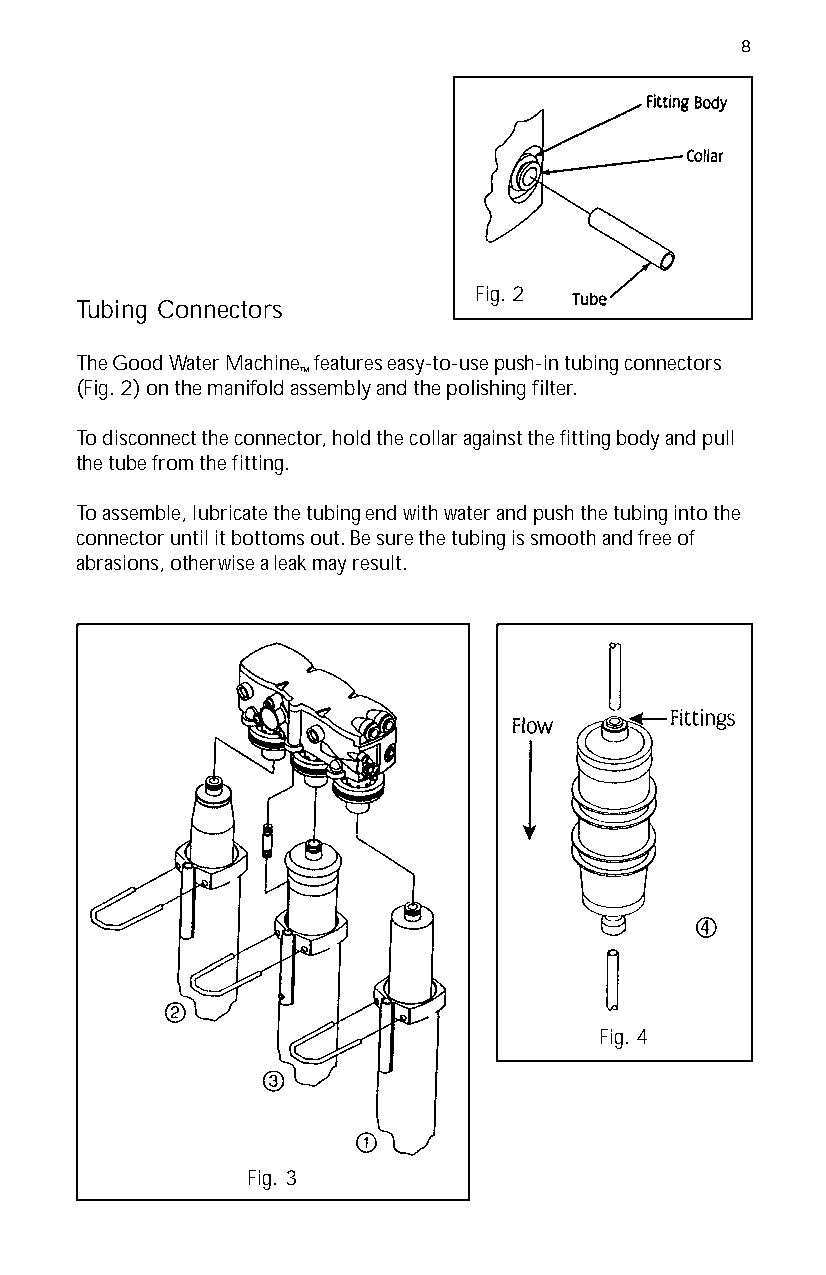
8
 Fig. 2
 Tubing Connectors
 The Good Water Machine features easy-to-use push-in tubing connectors
 ™
 (Fig. 2) on the manifold assembly and the polishing filter.
 To disconnect the connector, hold the collar against the fitting body and pull
 the tube from the fitting.
 To assemble, lubricate the tubing end with water and push the tubing into the
 connector until it bottoms out. Be sure the tubing is smooth and free of
 abrasions, otherwise a leak may result.
 Fig. 4
 Fig. 3